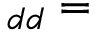
_ { d d } =